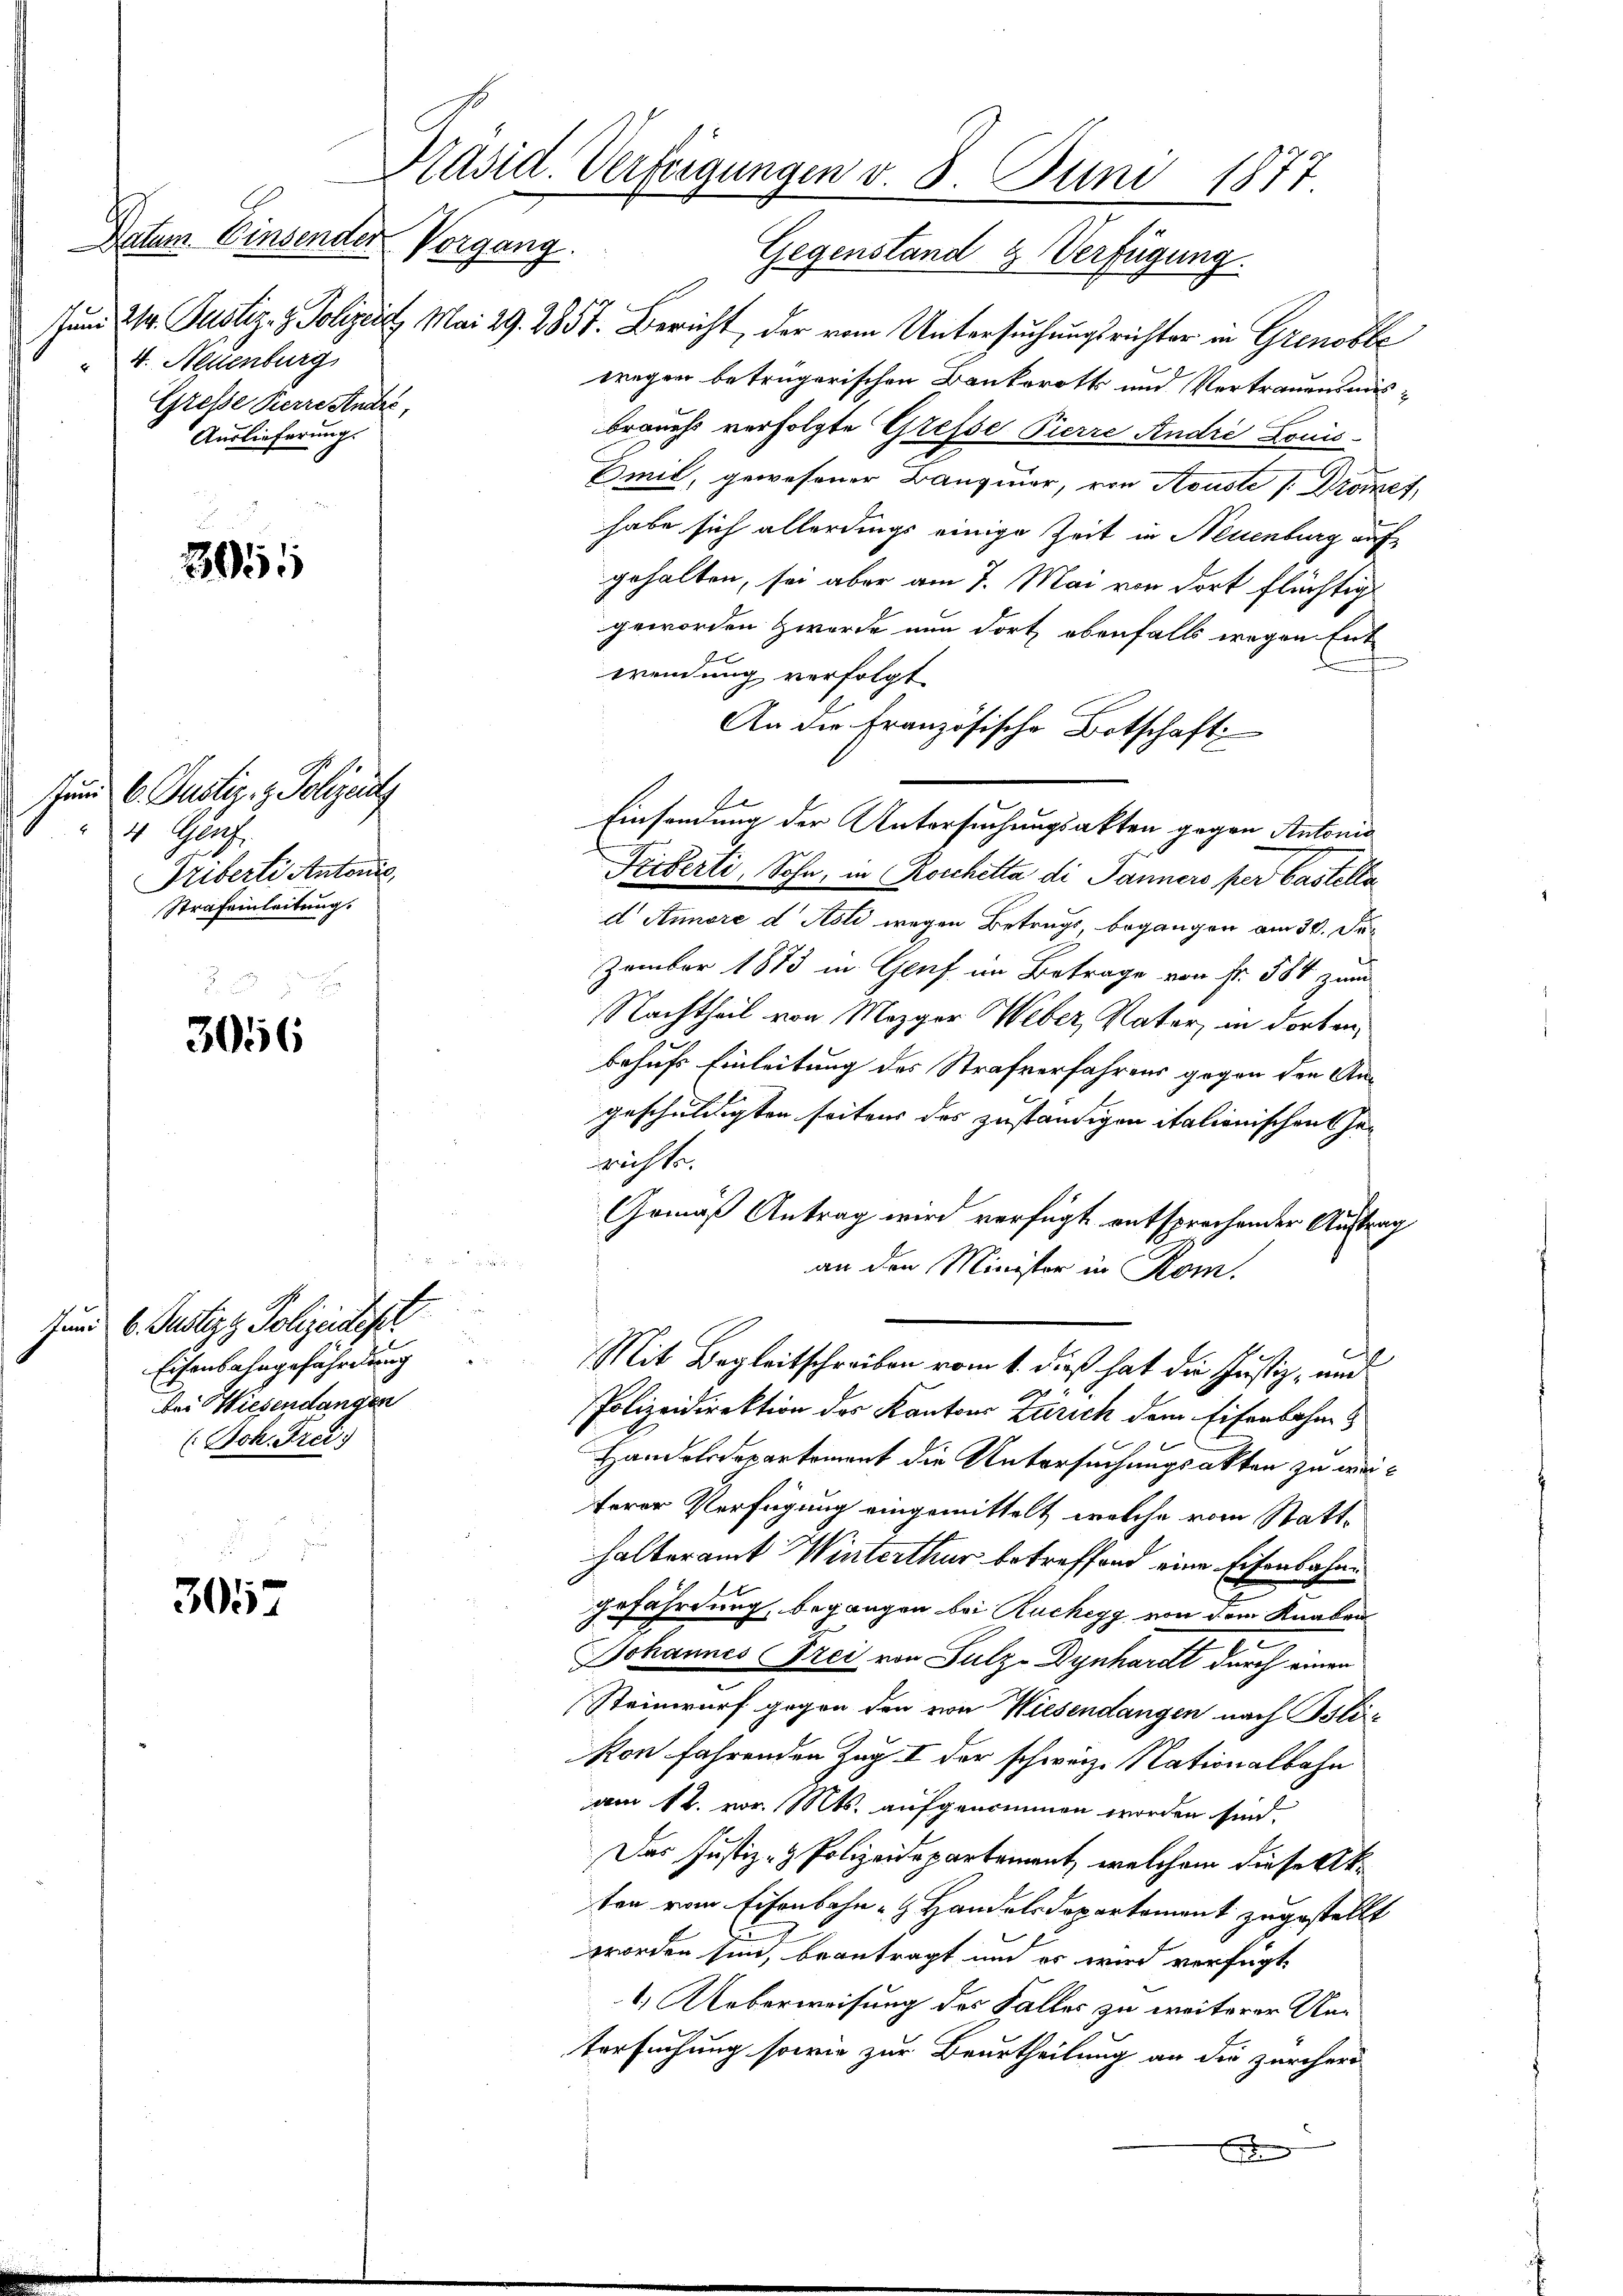
Datum. Einsender Vorgang.
4. Neuenburg
Grese Pierre Andre,
Auslieferung.

201

3056

3057

Juni l. Justiz- & Polizeid
4 Genf.
Triberte Antonis
Strafeinleitung.

u
und 6. Justiz & Polizeidigt
Eisenbahngefährdung
Bei Wiesendangen
(Joh. Frei

Präsid. Verfügungen v. 8. Juni 1877
Gegenstand & Verfügung.

Jund 214. Justiz- & Polizeit Mai 29. 2857. Bericht, der vom Untersuchungsrichter in Grenoble
wegen betrügerischen Bankoroths und Vertrauensmisbrauchs verfolgte Gresse Pierre Andre Louis-
Emit, gewesener Bausiner, von Aouste P. Drockes,
habe sich allerdings einige Zeit in Neuenburg auf
gehalten, sei aber am 7. Mai von dort flüchtig
geworden Zwerde nun dort ebenfalls wegen Ent
wendung verfolgt.
An die Französische Botschaft
Einsamung der Untersuchungsakten gegen Antonia
Triberti, Sohn, in Roschitta di Panners per Castelle
d Annore d Asti wegen Betrugs, begangen am 30. Jezember 1873 in Genf im Betrage von fr. 584 zum
Nachtheil von Mezger Weber, Vater, in dorten,
behufs Einleitung des Strafverfahrens gegen den Angeschuldigten seitens des zuständigen italienischens her
richte.
Gemäß Antrag wird verfügt entsprochender Auftrag
an den Minister in Rom.
de
Mit Begleitschreiben vom 1. dieß hat die Justiz- und
Polizeidirektion des Kantons Zürich dem Eisenbahne
Handelsdepartement die Untersuchungsakten zu weiterer Verfügung eingemittelt welche vom Statthalteramt Winterthur betreffend eine Eisenbahne
gefährdung, begangen bei Ruchegg von dem Knaben
JJohannes Frei von Sulz-Dynhardt durch einen
Steinwurf gegen den von Wiesendangen nach Blikon fahrenden Zug I der schweiz. Nationalbahn
am 12. vor. Mts. aufgenommen worden sind.
Das Justiz- & Polizeidepartement, welchem diese Akten vom Eisenbahn - Handelsdepartement zugestellt
worden sind, beantragt und er wird verfügt
1.) Ueberweisung des Falles zu weiterer Untersuchung sowie zur Beurtheilung an die zürcher
1

E